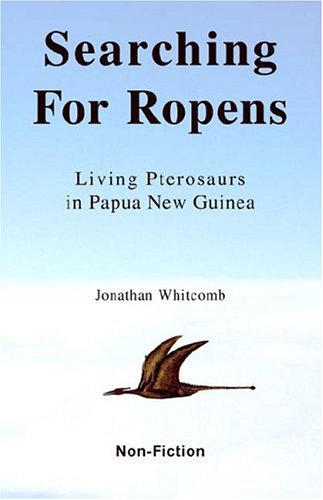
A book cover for Searching For Ropens: Living Pterosaurs in Papua New Guinea, 1st Edition; Jonathan Whitcomb; Travel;